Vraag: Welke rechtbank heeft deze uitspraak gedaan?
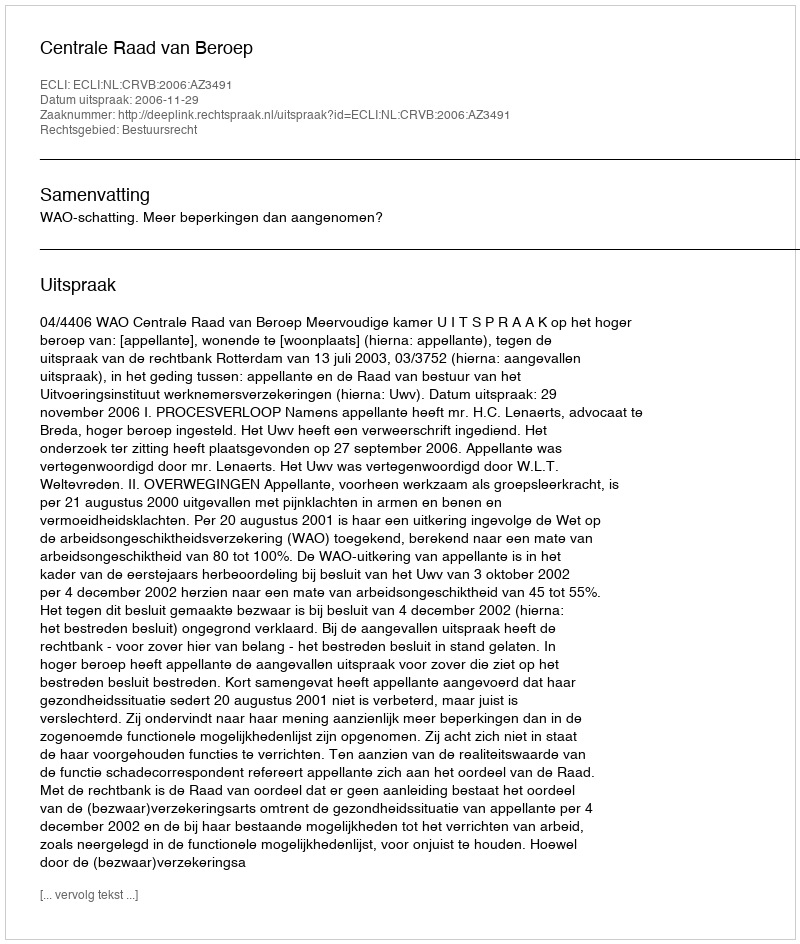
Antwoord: Centrale Raad van Beroep